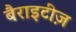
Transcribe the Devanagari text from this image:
बैराइटीज़